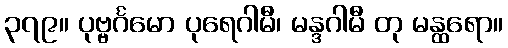
၃၇၉။ ပုဗ္ဗင်္ဂမော ပုရေဂါမီ၊ မန္ဒဂါမီ တု မန္ထရော။